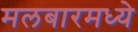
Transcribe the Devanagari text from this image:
मलबारमध्ये